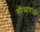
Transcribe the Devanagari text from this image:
सीआरजी